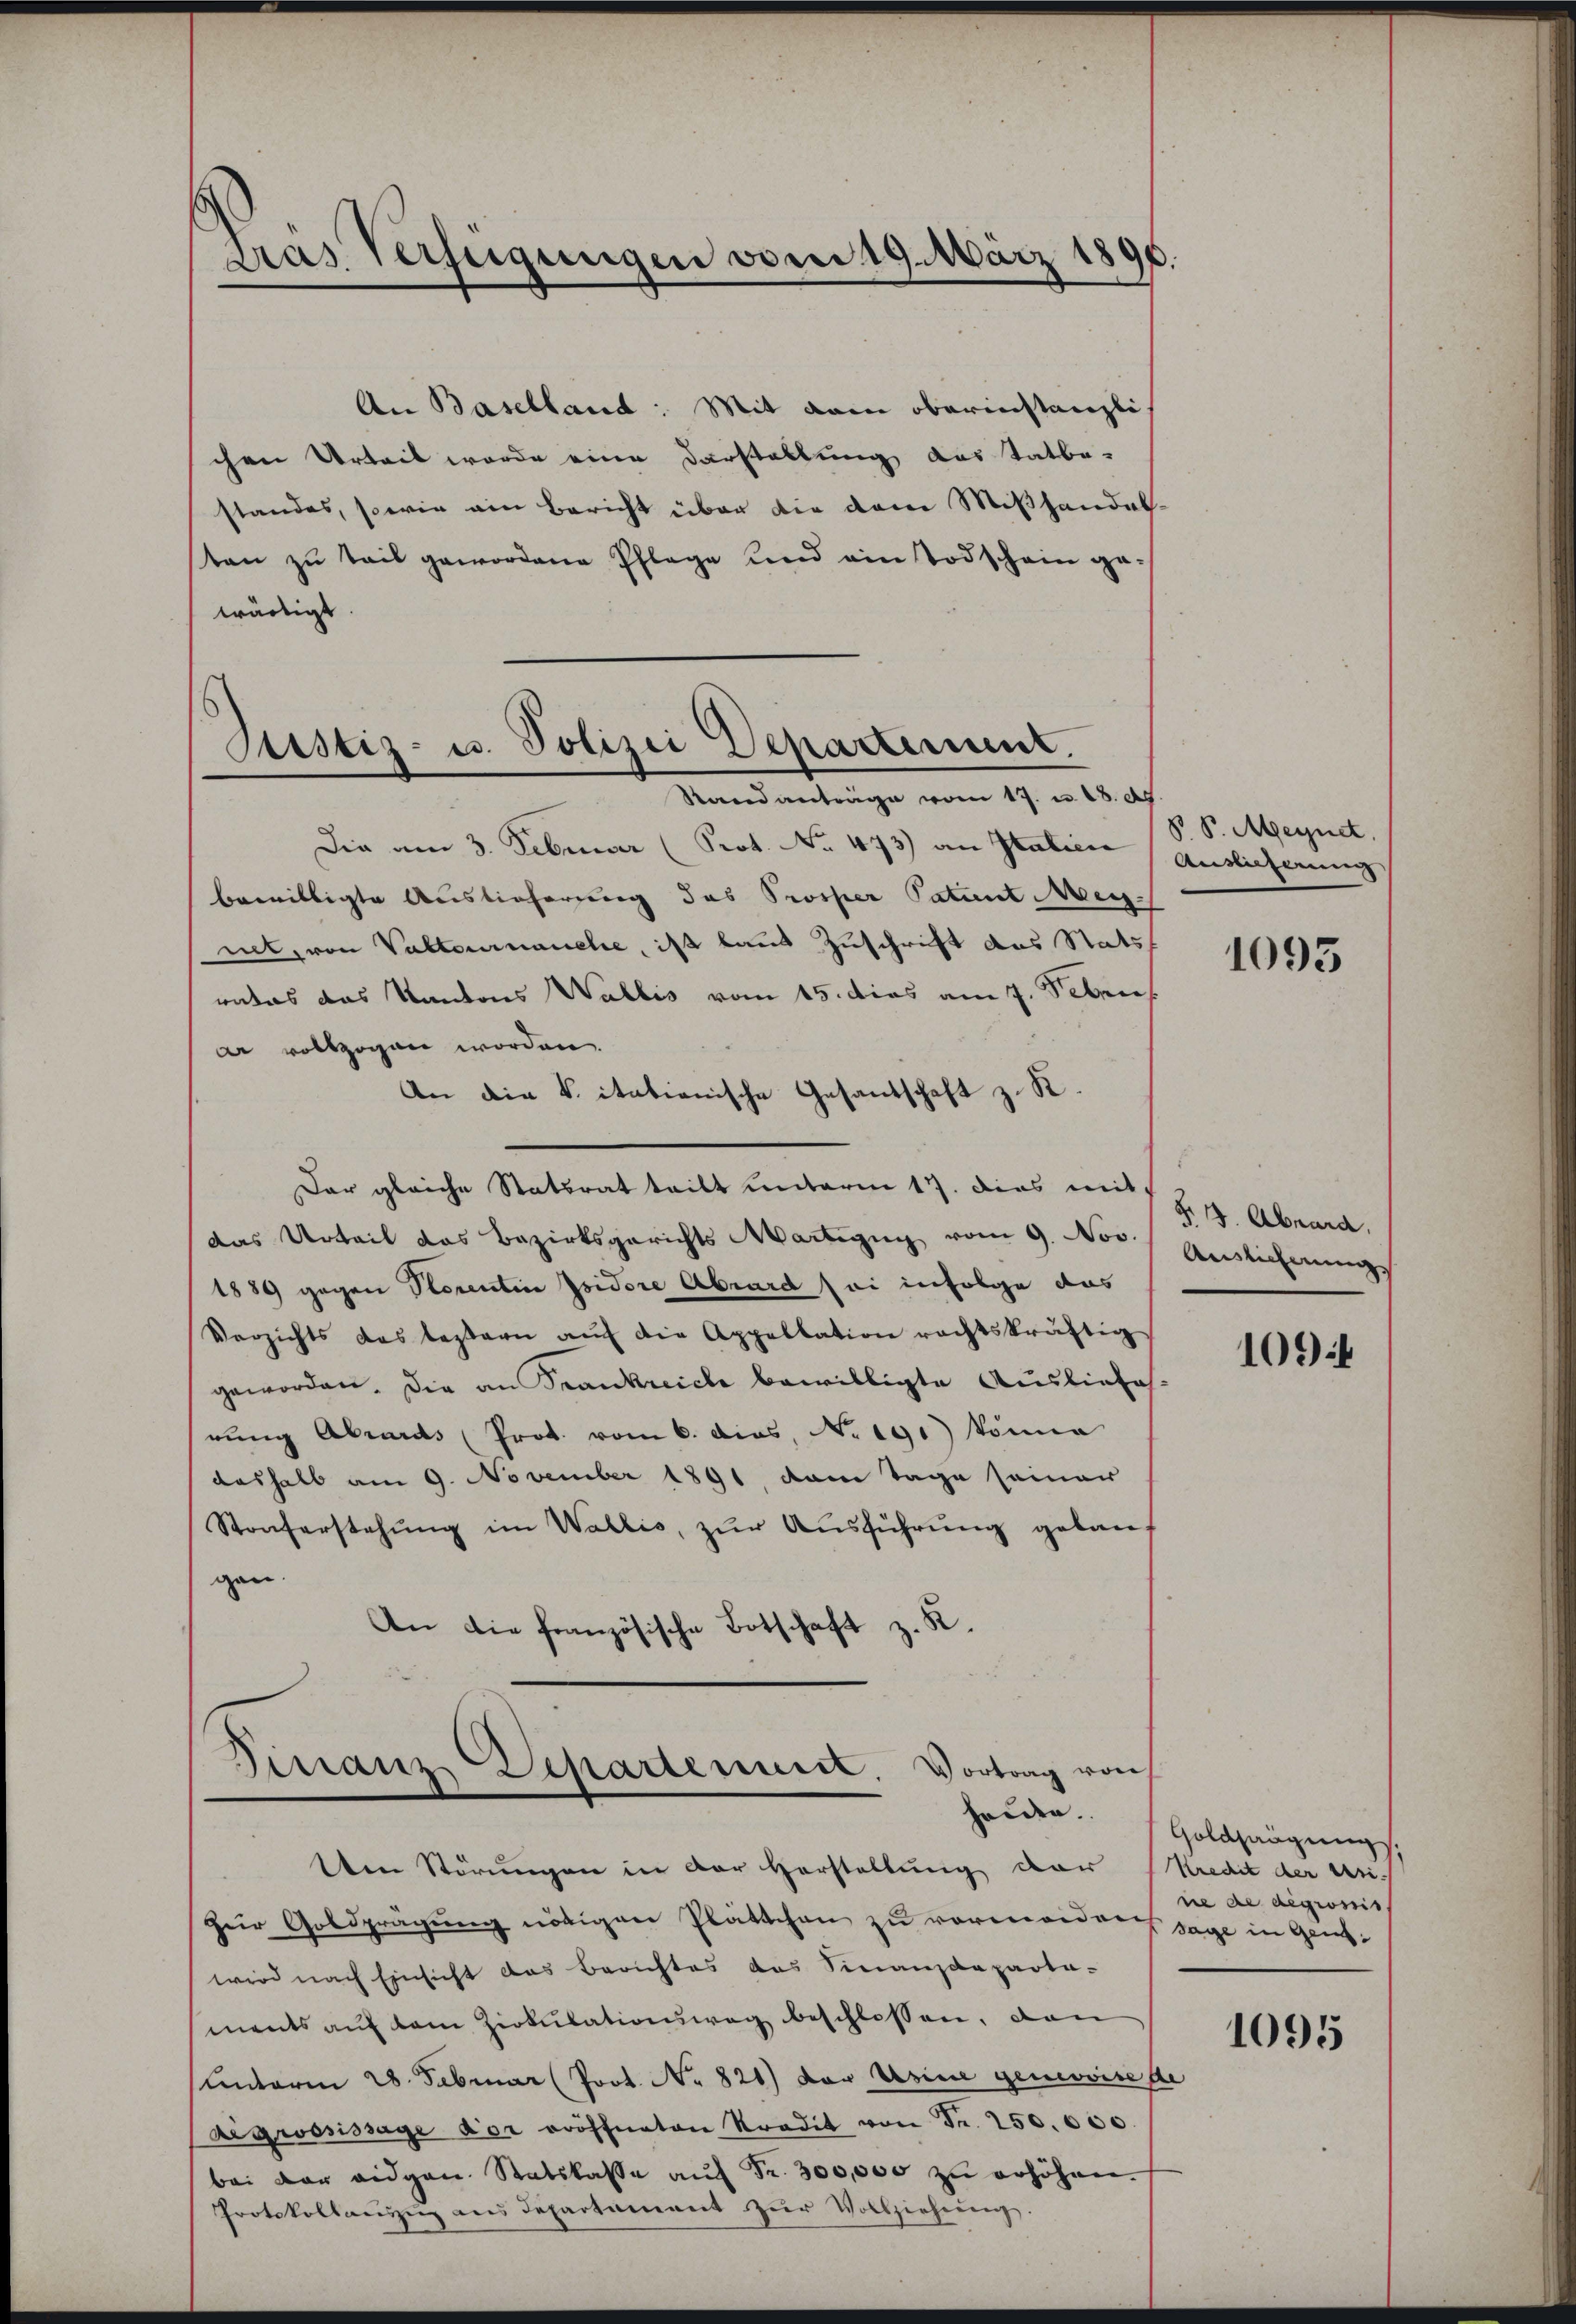
Gras Verfügungen vom 19. März 1890.

An Baselland: Mit dein oberinstanzlich
chen Urteil wurde eine Darstellung das Tatbe-
standes, sowie ein Bericht über die dem Mißhandel.
sten zu teil gewordene Pflege und ein Todschein gewärtigt
Die am 3. Februar (Prot. No 473) an Italien
bewilligte Auslieferung das Prosper Patent Meynet, von Valtennanche, ist laut Zuschrift das Stats
ratos das Kantons Wallis vom 15. dies am 7. Febru
ar vollzogen worden.
An die k. itationische Gesandschaft z. R.
Der gleiche Statsrat teilt unterm 17. dies mit
das Urteil das Bezirksgerichts Martigung vom 9. Nov.
1889 gegen Storentin Isidore Abrard sei infolge das
Verzichts das leztern aŭf die Appellation rechtskräftig
geworden. Die an Frankreiche bewilligte Ausliefe
rung Abrards (Prot. vom 6. dies, No 190) könne
deshalb am 9. November 1891, dem Tage seiner
Stonferstehung im Wallis, zŭr Aŭsführung gekauf
gen.
An die französische Botschaft z. K.

Justiz- u. Polizei Departement.
Randantrage vom 17. u. 18. d

Finanz-Departenundt, Vortrag von

P. P. Megnet.
Auslicherung

tten Störungen in der Herstellung der (Kredit der Uri-
Zŭr Goldprägung nötigen Plättchen zu vermorden sage in Genzwird nach Einsicht das Berichtes das Finanzdeparta-
ments aŭf dem Zirkŭlationsweg beschlossen, dan
unterm 28. Februar (Poot. No 821) der Usine gemoise ste
Aigwosissage der eröffneten Kredit von Fr. 250.000
bei der eidgen Statslasse aŭf Fr. 300,000 zu erhöhen.
Protokollaŭszŭg ans Departament zŭr Vollziehung.

1093

§. 3. Abrard.
Auslicherung

109

hruder. Goldsangungs
ne de degrossis

1095